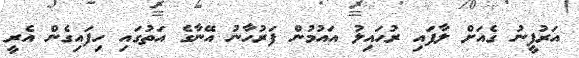
އަރުފީނު ގެއަށް ލާފައި ރުހައިލު އައުމުން ފަރުހާނު އޭނާގެ އަތުގައި ހިފައިގެން އެރީ